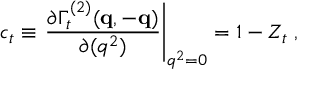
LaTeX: c _ { t } \equiv \left. \frac { \partial \Gamma _ { t } ^ { ( 2 ) } ( { \bf { q } } , - { \bf { q } } ) } { \partial ( q ^ { 2 } ) } \right| _ { q ^ { 2 } = 0 } = 1 - Z _ { t } \; ,